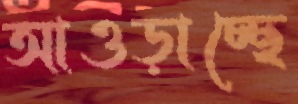
আওড়াচ্ছে